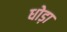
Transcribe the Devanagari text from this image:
धोड़ा